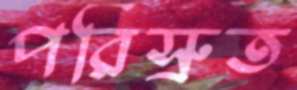
পরিস্রুত